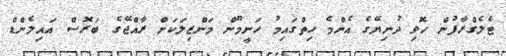
ޓެލެގްރާފުން ހޮވި ދުނިޔޭގެ އެންމެ ހިތްގައިމު ހަނީމޫން މަންޒިލަކަށް ރާއްޖޭގެ ބަރޮސް އައިލެންޑް